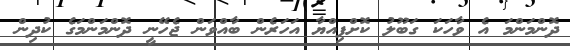
ދޮންމަންމަ އެ ވާހަކަ ގަބޫލު ކޮށްފިއްޔާ އަހަރެން ބާއްވަން ޖެހޭނީ ދޮންމަންމަގެ ކުދިން